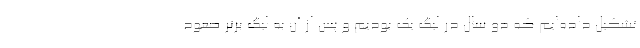
تشکیل داده‌ایم که دو سال در لیگ یک بودیم و پس از آن به لیگ برتر صعود